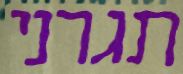
תגרני